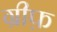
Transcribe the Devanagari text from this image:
ग्रीफ़